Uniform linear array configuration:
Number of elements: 32
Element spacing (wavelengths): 0.5
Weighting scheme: binomial
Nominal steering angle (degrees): -60
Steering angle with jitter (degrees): -58.531
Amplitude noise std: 0.05
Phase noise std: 0.05

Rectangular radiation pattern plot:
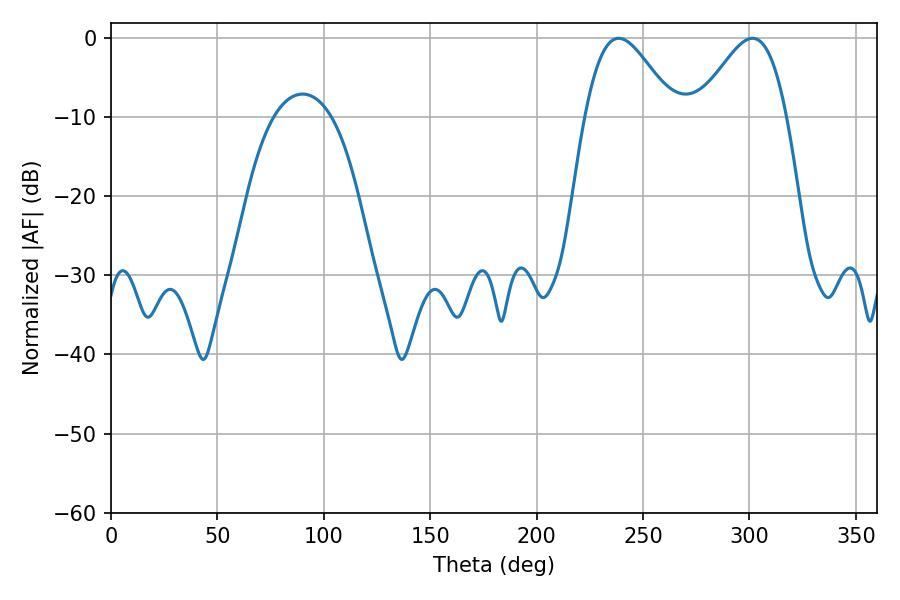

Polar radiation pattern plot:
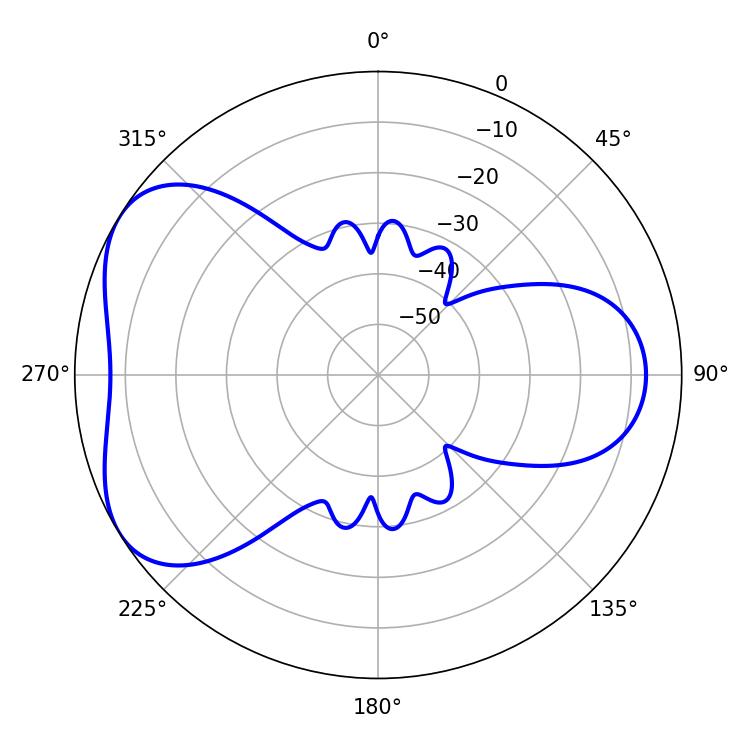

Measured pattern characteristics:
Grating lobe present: FALSE
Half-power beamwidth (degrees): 22.14
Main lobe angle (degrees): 238.5